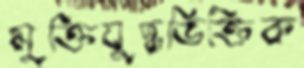
মুক্তিযুদ্ধভিক্তিক